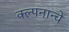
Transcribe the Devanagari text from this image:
क्ल्पनान्चे